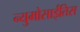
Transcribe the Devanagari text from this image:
न्युमोसाईतिस